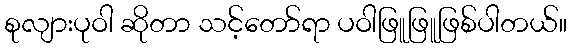
စုလျားပုဝါ ဆိုတာ သင့်တော်ရာ ပဝါဖြူဖြူဖြစ်ပါတယ်။